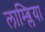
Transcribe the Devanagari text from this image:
लाम्ब्लिया